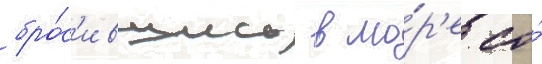
бро́с'ившись в мо́р'е со́